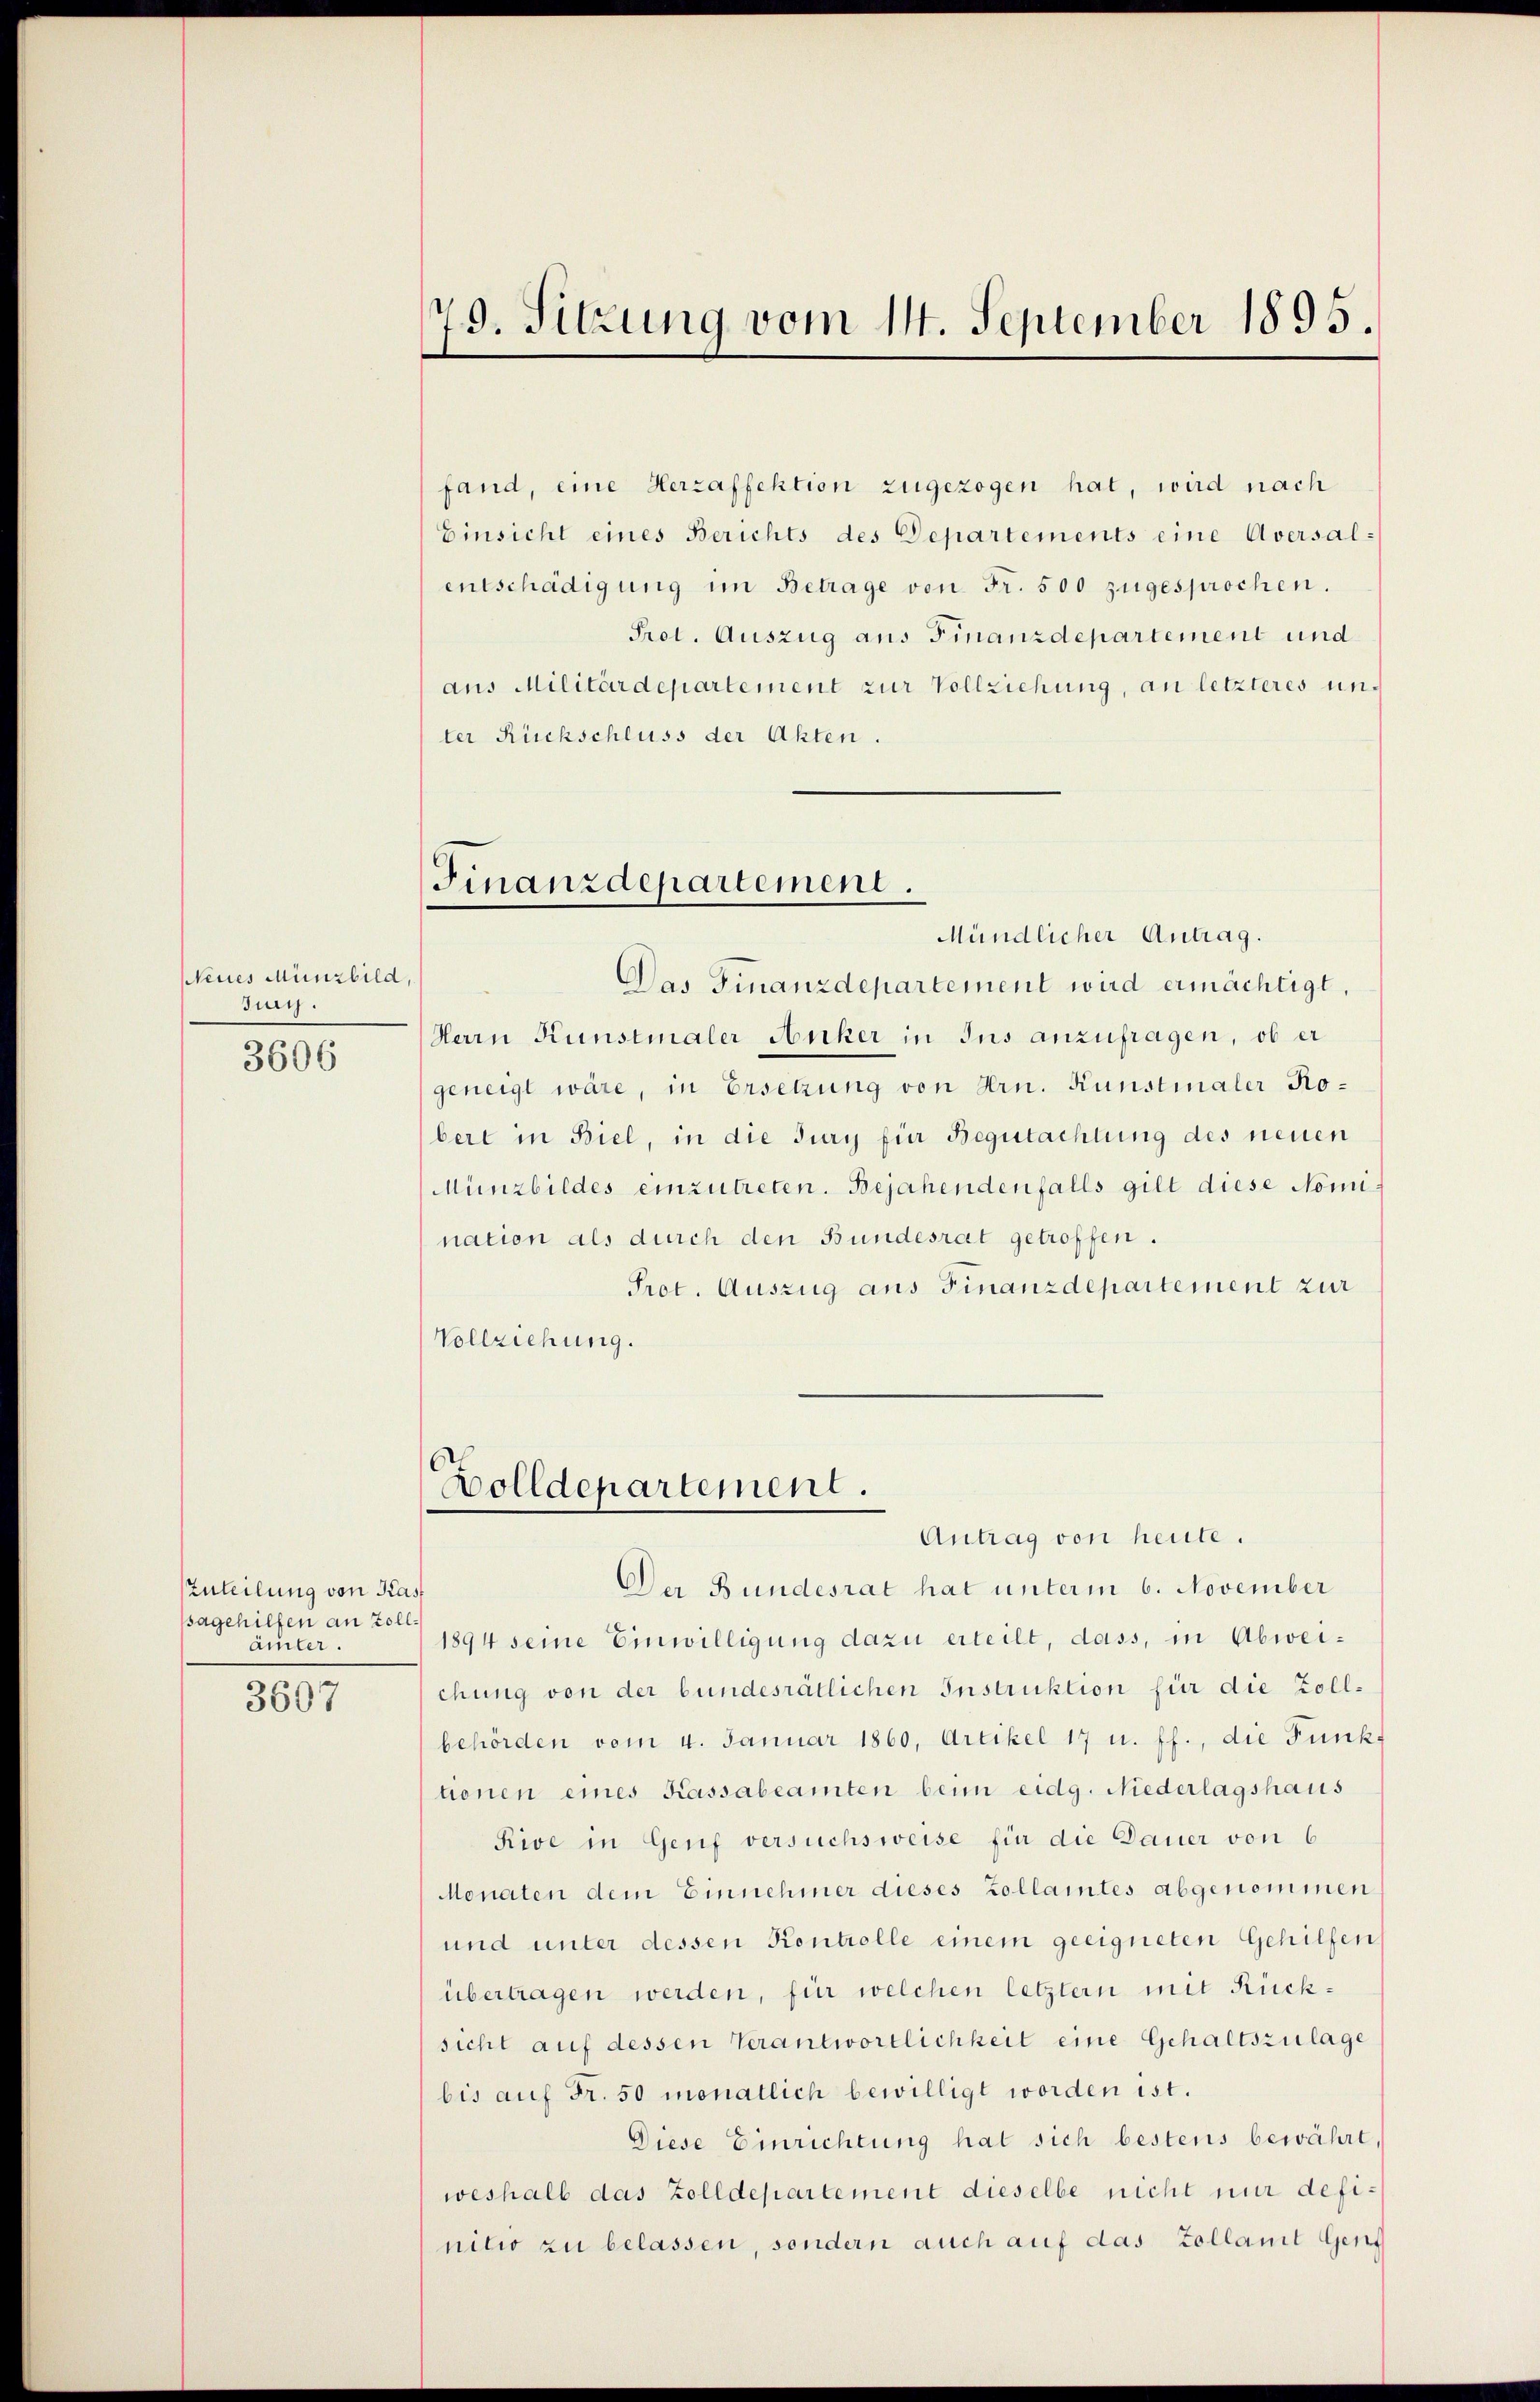
Neues Münzbild,
dung.
3606

Zuteilung von Kas
ssagehilfen an Zollainter.
3607

79. Sitzung vom 14. September 1895.

Finanzdepartement.
Mündlicher Antrag.

fand, eine Herzaffektion zugezogen hat, wird nach
Einsicht eines Berichts des Departements eine Aversal-
entschädigung im Betrage von Fr. 500 zugesprochen.
Prot. Auszug aus Finanzdepartement und
aus Militärdepartement zur Vollziehung, an letzteres unter Rückschluss der Akten.
Das Finanzdepartement wird ermächtigt,
Herrn Kunstmaler Anker in Ins anzufragen, ob er
geneigt wäre, in Ersetzung von Hrn. Kunstinaler Robert in Biel, in die Jury für Begutachtung des neuen
Münzbildes einzutreten. Bejahendenfalls gilt diese Nomination als durch den Bundesrat getroffen.
Prot. Auszug aus Finanzdepartement zur
Vollziehung.

Bolldepartement.
Antrag von heute.

Der Bundesrat hat unterm 6. November
1894 seine Einwilligung dazu erteilt, dass, in Abweichung von der bundesrätlichen Instruktion für die Zollbehörden vom 4. Januar 1860, Artikel 17 u. ff., die Funkf
tionen eines Kassabeamten beim eidg. Niederlagshaus
Rive in Genf versuchsweise für die Dauer von 6
Monaten dem Einnehmer dieses Zollamtes abgenommen
und unter dessen Kontrolle einem geeigneten Gehilfen
übertragen werden, für welchen letztern mit Rücksicht auf dessen Verantwortlichkeit eine Gehaltszulage
bis auf Fr. 50 monatlich bewilligt worden ist.
Diese Einrichtung hat sich bestens bewährt,
weshalb das Zolldepartement dieselbe nicht nur definilio zu belassen, sondern auch auf das Zollamit Gen¬